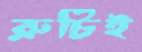
রুচিই